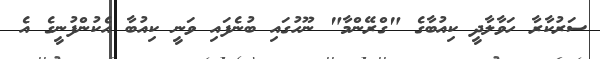
ސަރުކާރާ ހަވާލާދީ ކިއުބާގެ "ގްރޭންމާ" ނޫހުގައި ބުނެފައި ވަނީ ކިއުބާ އެކުންފުނީގެ އެ